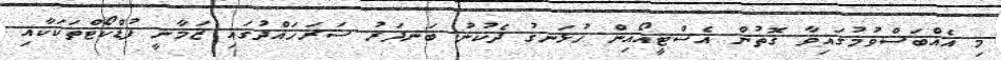
މި އެއްބަސްވުމުގައިވާ ގޮތުން އެސްޓީއޯއިން ހުޅަނގު ދެކުނު ބަނދަރު ސަރަހައްދުގައި ޒަމާނީ ފުޑްކޯޓްތަކަކާއި